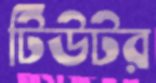
টিউটর